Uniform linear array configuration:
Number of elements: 64
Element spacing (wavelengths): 0.5
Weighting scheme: exponential
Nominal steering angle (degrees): -45
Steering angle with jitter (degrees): -44.494
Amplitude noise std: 0.05
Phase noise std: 0.05

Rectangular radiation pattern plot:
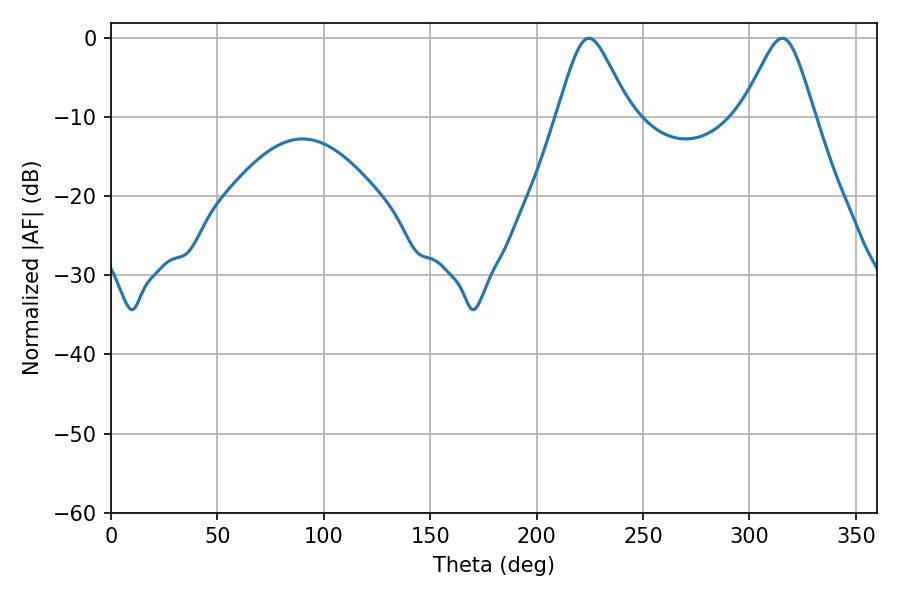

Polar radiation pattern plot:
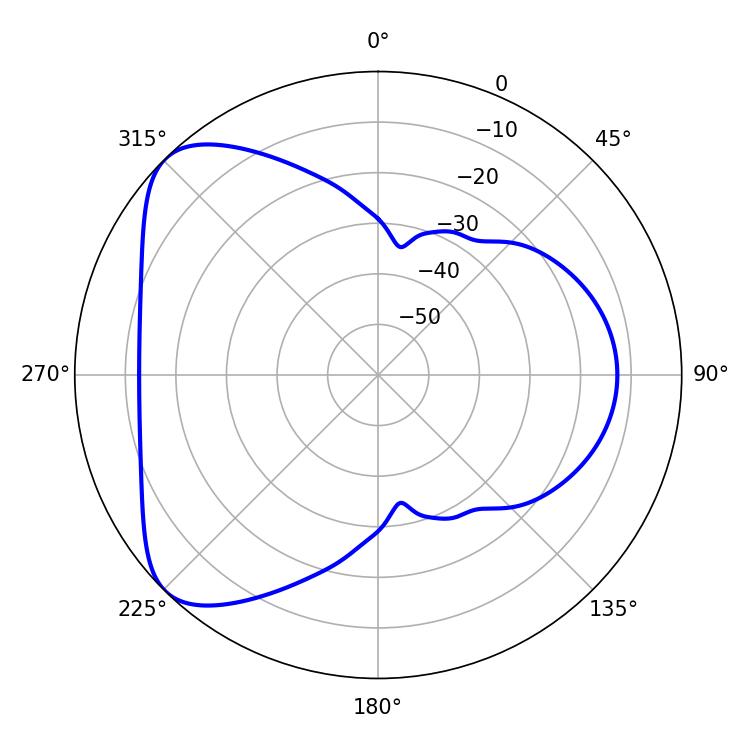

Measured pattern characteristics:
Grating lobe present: FALSE
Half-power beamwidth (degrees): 16.56
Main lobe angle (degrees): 224.64